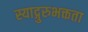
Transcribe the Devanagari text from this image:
स्याद्गुरुभक्तता